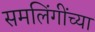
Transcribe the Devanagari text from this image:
समलिंगींच्या